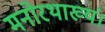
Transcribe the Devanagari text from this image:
मनोरथाख्यं।